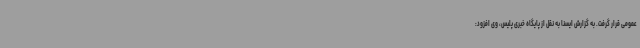
عمومی قرار گرفت. به گزارش ایسنا به نقل از پایگاه خبری پلیس، وی افزود: